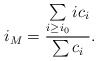
\begin{align*}i_M= \frac{\sum\limits_{i\geq i_0} i c_i }{\sum c_i}.\end{align*}